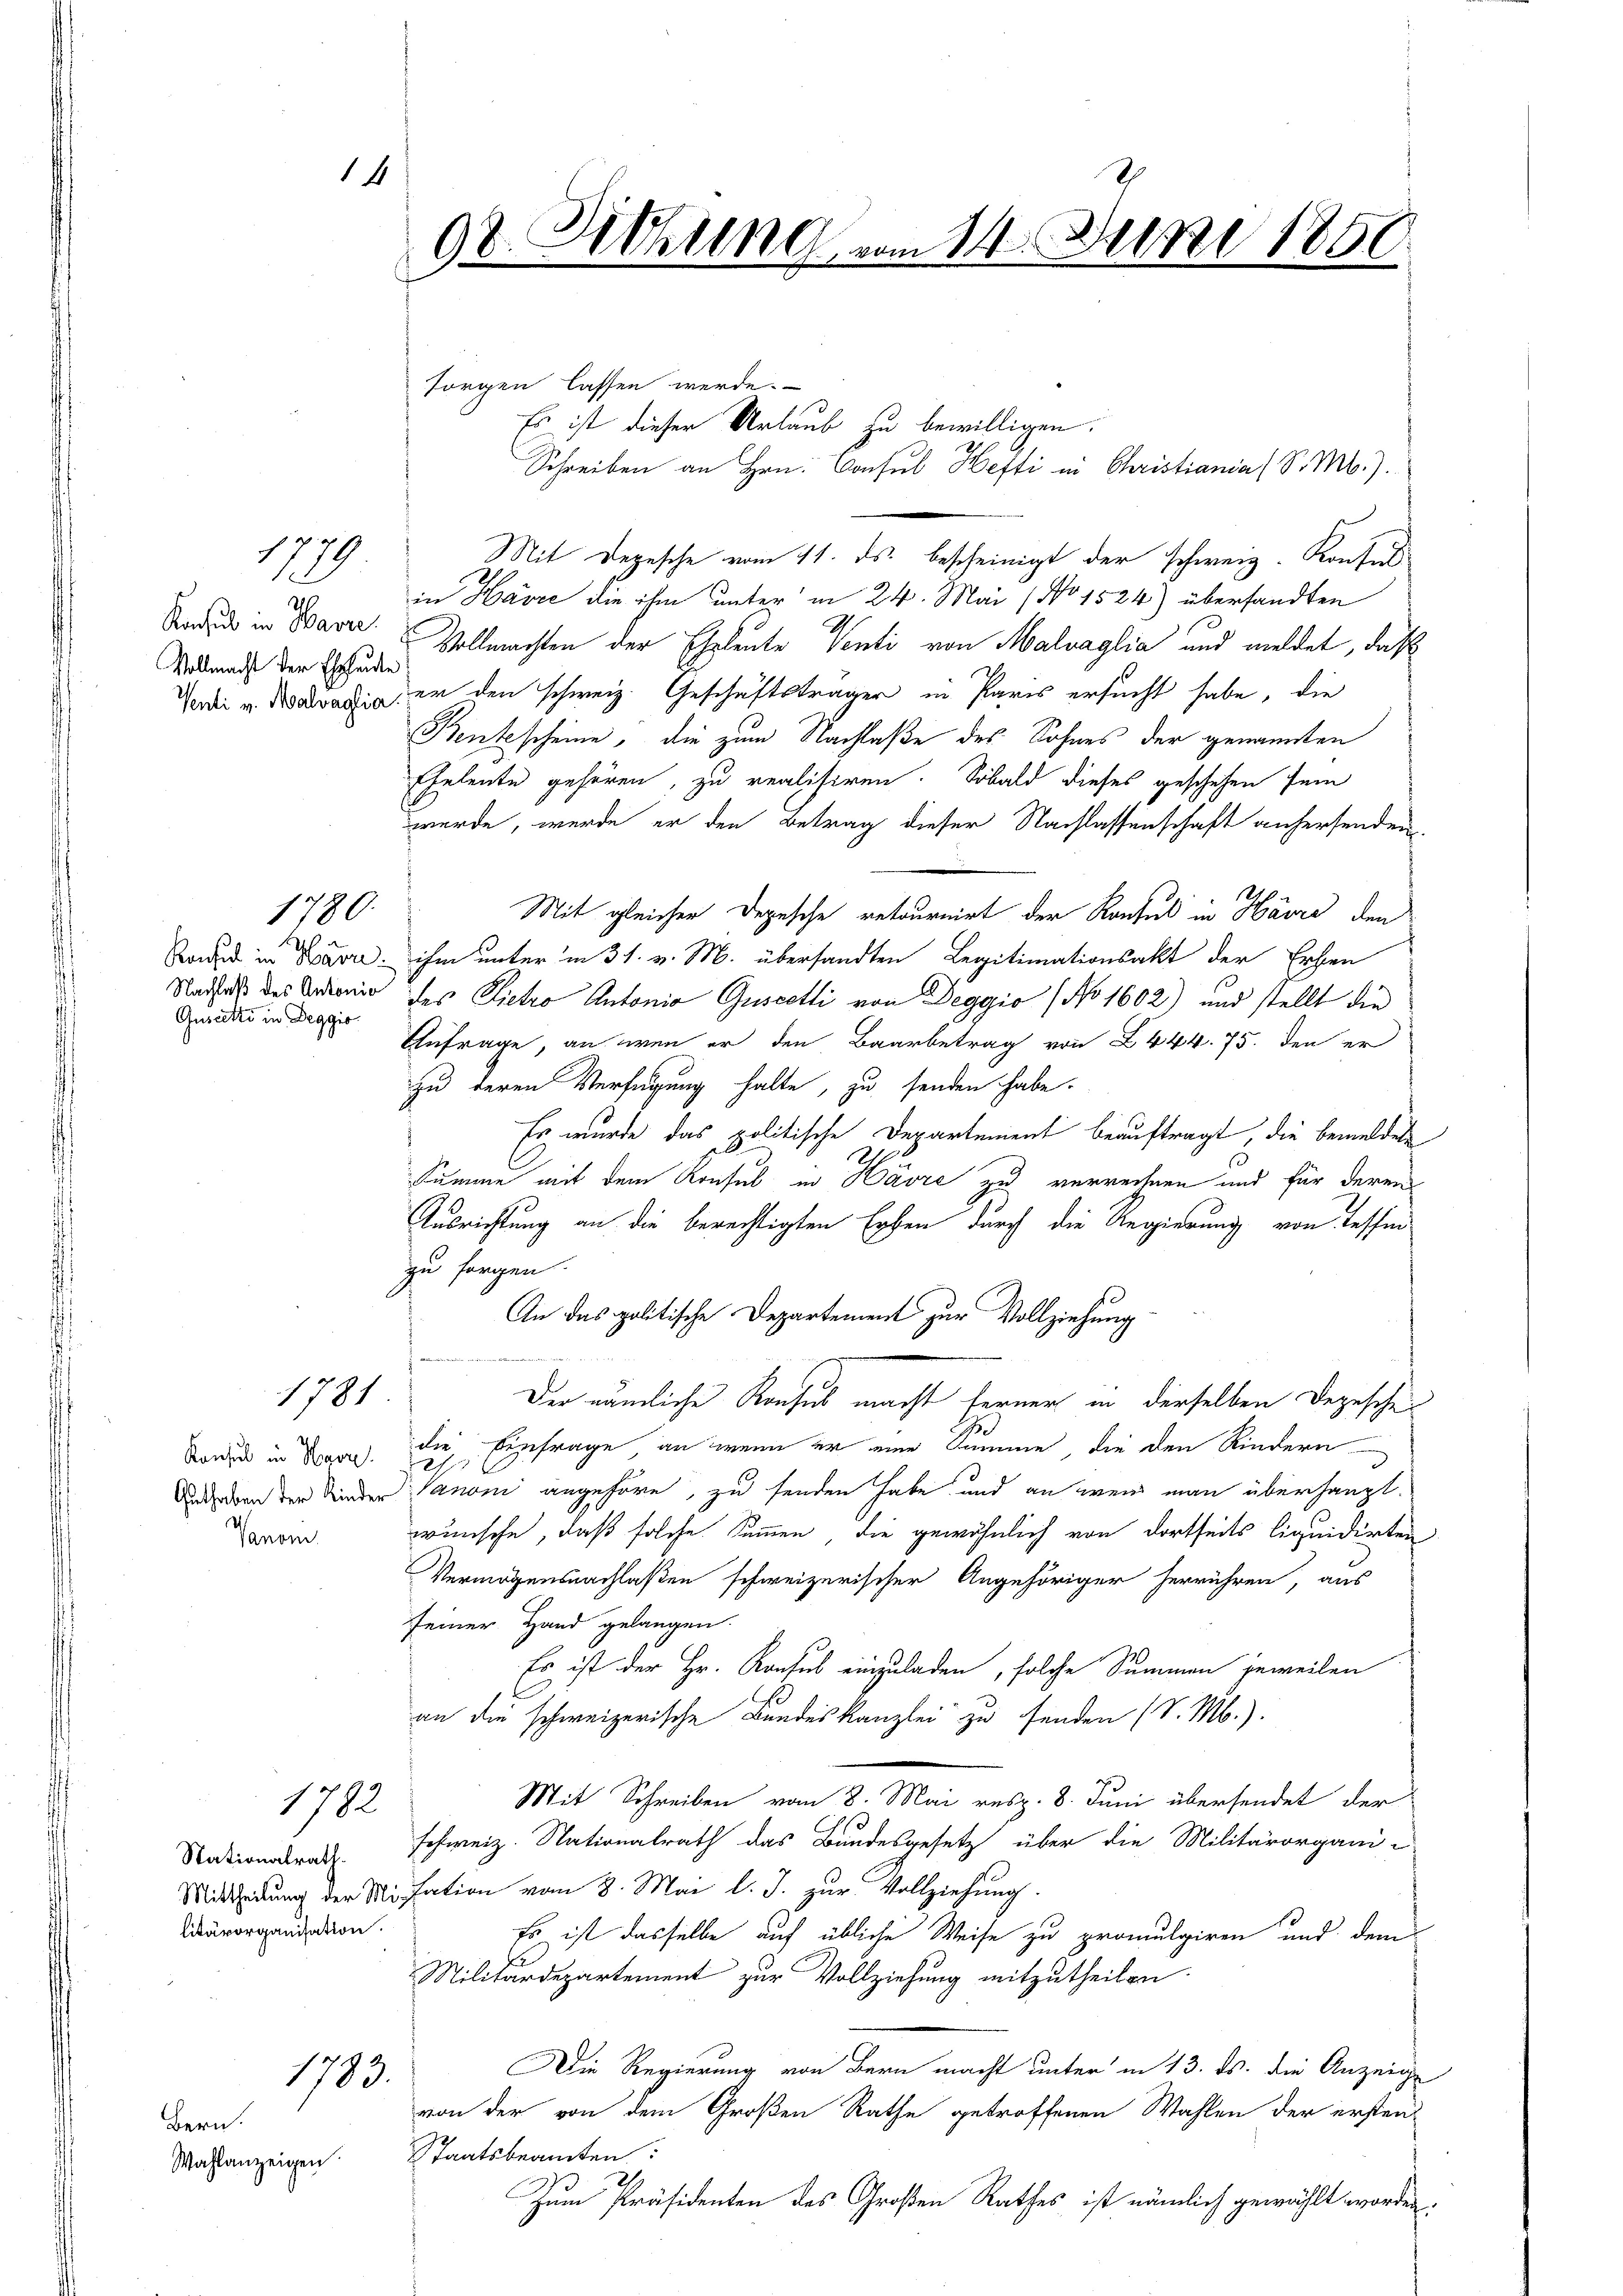
14
08. Sitzung, vom 14. Juni 1850

sorgen lassen werde.
Mit Depesche vom 11. ds. bescheinigt der schweiz. Konsulin Havre die ihm unter in 24. Mai (No 1524) übersandten
Andels in Barer Vollmachten der Eheleute Venti von Malvaglia und meldet, daß
Verde u. da er den schweiz. Geschäftsträger in Paris ersucht habe, die
Benkscheine, die zum Nachlaße des Sohnes der genannten
Eheleute gehören, zu realisiren. Sobald dieses geschehen sein
werde, werde er den Betrag dieser Nachlassenschaft anhersenden
Mit gleichen Depesche retournirt der Konsul in Harze den
Kadet in Havre, ihm unter in 31. v. M. übersandten Legitimationsakt der Erben
Radfalls des Andronio des Dietro Antonio Guseetli von Deggio (No 1602) und stellt die
Anfrage, an wenn er den Baarbetrag von 444. 75. den er
zu deren Verfügung halte, zu senden habe.
Es wurde das politische Departement beauftragt, die bemeldete
i
Summe mit dem Konsul in Havre zu verrechnen und für deren
Ausrichtung an die berechtigten Erben durch die Regierung von Tessin
zu sorgen.
An das politische Departement zur Vollziehung

Der nämliche Konsus macht ferner in derselben Depescher
die Einfrage an wenn er eine Summe, die den Kindern
21
udden der Kinder Canoni angehöre, zu senden habe und an wenn man überhaupt.
wünsche, daß solche Summen, die gewöhnlich von dortseits liquidirten
Vermögensnachlaßen schweizerischer Angehöriger herrühren, aus
seiner Hand gelangen.
Es ist der Hr. Konsus einzuladen, solche Summen jeweilen
an die schweizerische Bundeskanzlei zu senden (S. M.).
Mit Schreiben vom 8. Mai resp. 8. Juni übersendet der
schweiz. Nationalrath das Bundesgesetz über die Militärorgani-
Mittheilung der Misation vom 8. Mai l. J. zur Vollziehung.
Es ist dasselbe auf übliche Weise zu promulgiren und dem
Militärdepartement zur Vollziehung mitzutheilen.
Die Regierung von Bern macht unter in 13. ds. die Anzeige
von der von dem Großen Rathe getroffenen Wahlen der ersten
Staatsbeamten:
Zum Präsidenten des Großen Rathes ist nämlich gewählt worden

Es ist dieser Urlaub zu bewilligen.

Schreiben an Hrn. Consul Hefti in Christiania (S. M.).

1779

20
Vollmacht der Ehehende

1780.

a
Guscetti in Deggio

1781

Konsul in Herr
Vanom

1782.

Stationalrath.
litärorganisation.

1783.

Bern.
Wahlanzeigen.